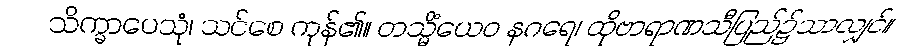
သိက္ခာပေသုံ၊ သင်စေ ကုန်၏။ တသ္မိံယေဝ နဂရေ၊ ထိုဗာရာဏသီပြည်၌သာလျှင်။